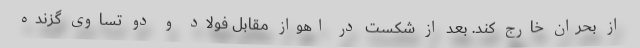
از بحران خارج کند. بعد از شکست در اهواز مقابل فولاد و دو تساوی گزنده